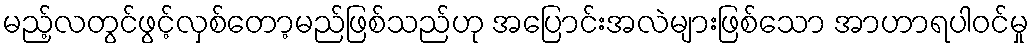
မည့်လတွင်ဖွင့်လှစ်တော့မည်ဖြစ်သည်ဟု အပြောင်းအလဲများဖြစ်သော အာဟာရပါဝင်မှု